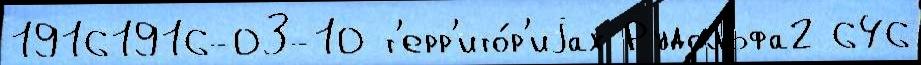
19161916-03-10 т'ерр'ито́р'иjах Рудольфа2 646